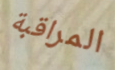
المراقبة